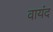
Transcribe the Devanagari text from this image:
वायंद